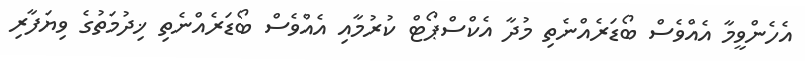
އެހެންވީމާ އެއްވެސް ބޯޑަރެއްނެތި މުދާ އެކްސްޕޯޓް ކުރުމާއި އެއްވެސް ބޯޑަރެއްނެތި ޚިދުމަތުގެ ވިޔަފާރި